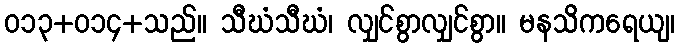
ဝ၁၃+၀၁၄+သည်။ သီဃံသီဃံ၊ လျှင်စွာလျှင်စွာ။ မနသိကရေယျ၊